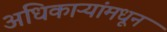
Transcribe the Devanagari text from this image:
अधिकाऱ्यांमधून